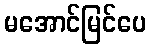
မအောင်မြင်ပေ